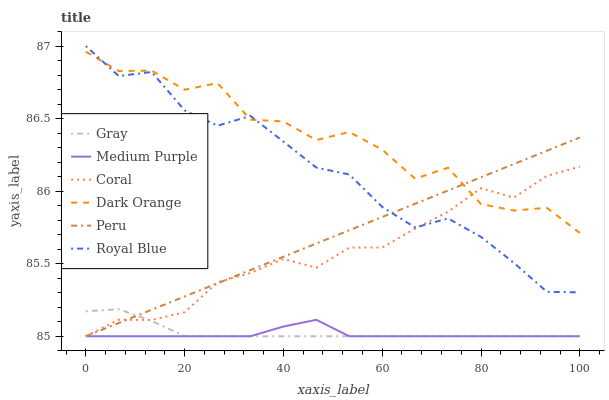
| xaxis_label | Gray | Medium Purple | Coral | Dark Orange | Peru | Royal Blue |
 | --- | --- | --- | --- | --- | --- | --- |
 | 0 | 85.2 | 85 | 85 | 87 | 85 | 87 |
 | 6.67 | 85.2 | 85 | 85.1 | 86.8 | 85.1 | 86.8 |
 | 13.3 | 85.1 | 85 | 85.1 | 86.8 | 85.2 | 86.8 |
 | 20 | 85 | 85 | 85.2 | 86.7 | 85.3 | 86.6 |
 | 26.7 | 85 | 85 | 85.4 | 86.7 | 85.4 | 86.5 |
 | 33.3 | 85 | 85 | 85.4 | 86.5 | 85.5 | 86.5 |
 | 40 | 85 | 85.1 | 85.5 | 86.5 | 85.5 | 86.3 |
 | 46.7 | 85 | 85.1 | 85.5 | 86.4 | 85.6 | 86.2 |
 | 53.3 | 85 | 85 | 85.6 | 86.4 | 85.7 | 86.1 |
 | 60 | 85 | 85 | 85.6 | 86.3 | 85.8 | 85.9 |
 | 66.7 | 85 | 85 | 85.7 | 86.1 | 85.9 | 85.7 |
 | 73.3 | 85 | 85 | 85.9 | 86.2 | 86 | 85.8 |
 | 80 | 85 | 85 | 86 | 85.9 | 86.1 | 85.7 |
 | 86.7 | 85 | 85 | 86 | 85.9 | 86.2 | 85.5 |
 | 93.3 | 85 | 85 | 86.1 | 85.9 | 86.3 | 85.3 |
 | 100 | 85 | 85 | 86.2 | 85.7 | 86.4 | 85.3 |